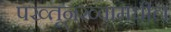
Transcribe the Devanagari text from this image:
पख्तूनख्वामधील